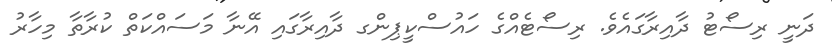
ދަނީ ރިސޯޓު ދާއިރާގައެވެ. ރިސޯޓެއްގެ ހައުސްކީޕިންގ ދާއިރާގައި އޭނާ މަސައްކަތް ކުރާތާ މިހާރު